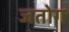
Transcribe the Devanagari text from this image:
जतोग